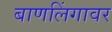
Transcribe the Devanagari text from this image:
बाणलिंगावर